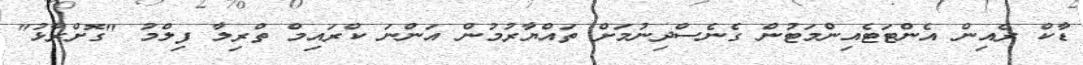
ޑާކް ރެއިން އެންޓަޓެއިންމަޓުން ގެނެސްދިނުމަށް ތައްޔާރުމުން އަންނަ ކްރައިމް ތްރިލާ ފިލްމު "ގޮށްރާޅު"